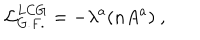
{ \cal L } _ { G . F . } ^ { L C G } = - \lambda ^ { a } ( n A ^ { a } ) \ ,